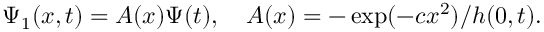
\Psi _ { 1 } ( x , t ) = A ( x ) \Psi ( t ) , \quad A ( x ) = - \exp ( - c x ^ { 2 } ) / h ( 0 , t ) .